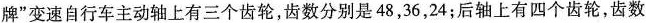
牌”变速自行车主动轴上有三个齿轮，齿数分别是48，36，24；后轴上有四个齿轮，齿数